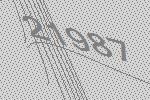
21987